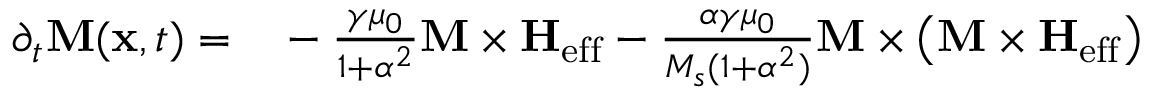
\begin{array} { r l } { \partial _ { t } { \bf M } ( { \bf x } , t ) = } & { { } - \frac { \gamma \mu _ { 0 } } { 1 + \alpha ^ { 2 } } { \bf M } \times { \bf H } _ { \mathrm { e f f } } - \frac { \alpha \gamma \mu _ { 0 } } { M _ { s } ( 1 + \alpha ^ { 2 } ) } { \bf M } \times \left( { \bf M } \times { \bf H } _ { \mathrm { e f f } } \right) } \end{array}